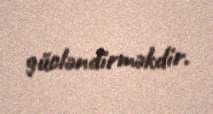
gücləndirməkdir.